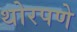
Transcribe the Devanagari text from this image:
थोरपणे